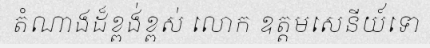
តំណាងដ៏ខ្ពង់ខ្ពស់ លោក ឧត្តមសេនីយ៍ទោ